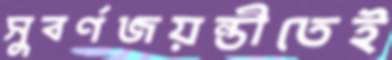
সুবর্ণজয়ন্তীতেই